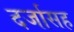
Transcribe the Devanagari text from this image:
दर्जासह